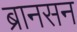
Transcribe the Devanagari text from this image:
ब्रानसन